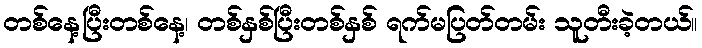
တစ်နေ့ပြီးတစ်နေ့၊ တစ်နှစ်ပြီးတစ်နှစ် ရက်မပြတ်တမ်း သူတီးခဲ့တယ်။